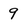
Character: 9